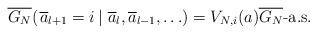
LaTeX: \begin{align*} \overline{G_N}(\left.\overline{a}_{l+1} = i\, \right|\, \overline{a}_l,\overline{a}_{l-1}, \ldots)= V_{N,i}(a) \overline{G_N} \mbox{-}\mathrm{a.s.}\end{align*}